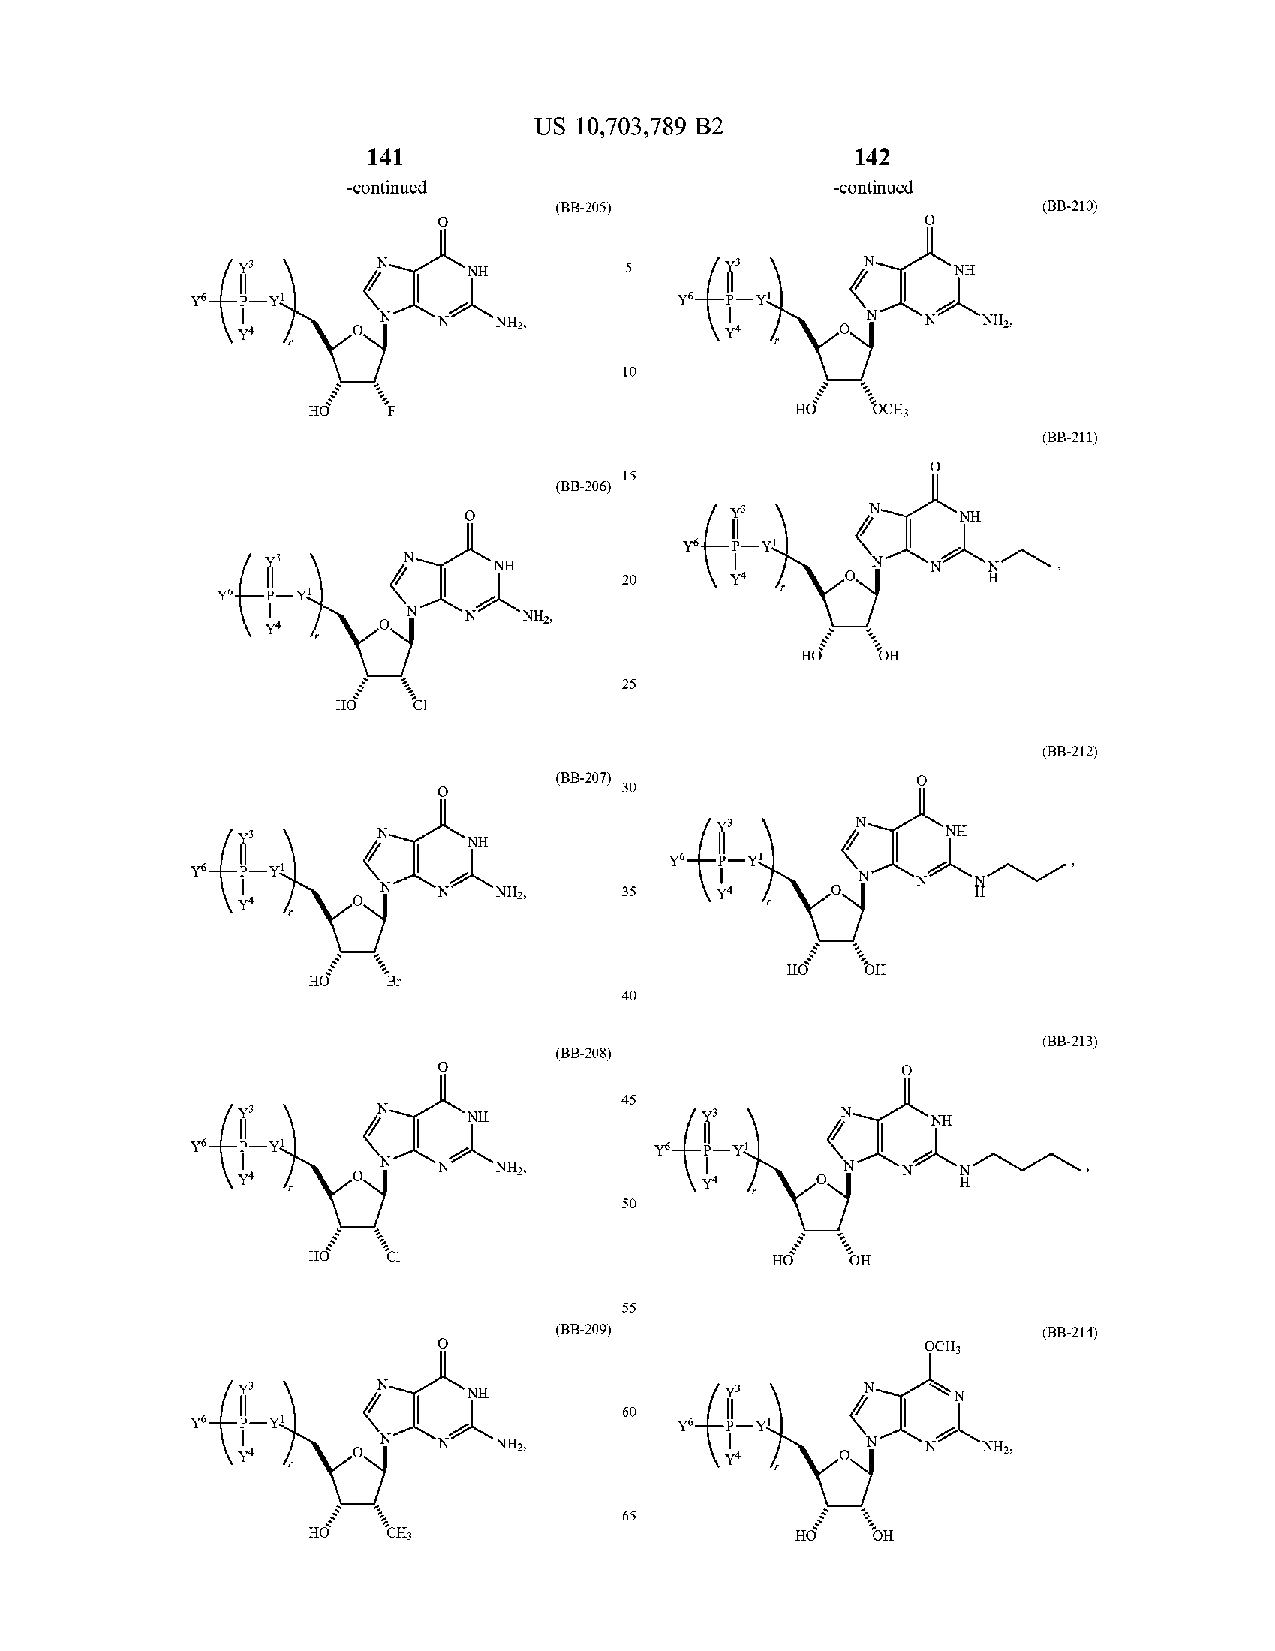
US 10,703,789 B2
 141                             142
 -continued                      -continued
 (B B - 205 )                    (B B - 210 )
 N.    NH         5                    NH
 ?6.                             ?6.
 N   NH2,                        N   NH2,
 Y4
 10
 HO   OCHZ
 (B B -2 11 )
 15
 (B B - 206 )
 NH
 (                            yo
 NH                           N
 20
 YO.  -Y !
 NH2,
 Y4
 POH
 Quinn
 25
 ( BB -2 12 )
 ( BB -2 07 )
 30
 flot
 NH
 NH
 Y6 . -Y !
 ?6.
 N
 N   NH ,    35
 H?   OH
 40
 ( BB - 213)
 (B B - 208 )
 45
 NH                             NH
 Y6  -Y                        YO.   Y
 NH ,
 Y4                             ?4               H
 50
 1901
 HOW
 OH
 55
 (B B - 209 )                    ( BB - 214 )
 OCH ;
 f
 NH                              N
 60
 YO  -Y !                        Y6
 NH2,                        N   NH ,
 Y4                              Y4
 HON   CH3            65          HOY  OH